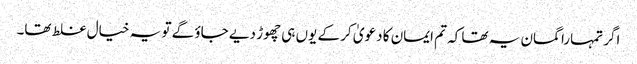
اگر تمہارا گمان یہ تھا کہ تم ایمان کا دعویٰ کر کے یوں ہی چھوڑ دیے جاؤ گے تو یہ خیال غلط تھا۔